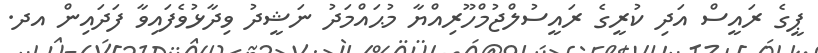
ޕީގެ ރައީސް އަދި ކުރީގެ ރައީސުލްޖުމްހޫރިއްޔާ މުޙައްމަދު ނަޝީދު ވިދާޅުވެފައިވާ ފަދައިން އދ.